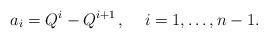
LaTeX: \begin{align*}a_i = Q^i - Q^{i+1} \,, \, \quad i=1, \ldots , n-1.\end{align*}